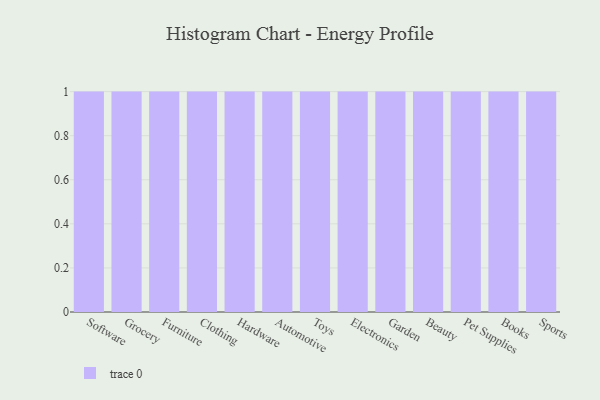
{"axis": {"x": "Category", "y": "Latency (ms)"}, "legend": [""], "data": [{"x": "Software", "y": 78, "type": ""}, {"x": "Grocery", "y": 20, "type": ""}, {"x": "Furniture", "y": 100, "type": ""}, {"x": "Clothing", "y": 83, "type": ""}, {"x": "Hardware", "y": 42, "type": ""}, {"x": "Automotive", "y": 96, "type": ""}, {"x": "Toys", "y": 60, "type": ""}, {"x": "Electronics", "y": 42, "type": ""}, {"x": "Garden", "y": 99, "type": ""}, {"x": "Beauty", "y": 74, "type": ""}, {"x": "Pet Supplies", "y": 76, "type": ""}, {"x": "Books", "y": 33, "type": ""}, {"x": "Sports", "y": 49, "type": ""}]}